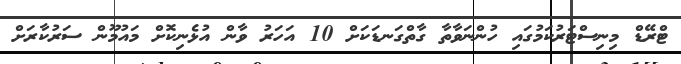
ޓްރޭޑް މިނިސްޓަރުކަމުގައި ހުންނަވާތާ ގާތްގަނޑަކަށް 10 އަހަރު ވާން އުޅެނިކޮށް މައުމޫން ސަރުކާރަށް